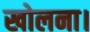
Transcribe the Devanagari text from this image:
खोलना।